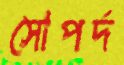
সোপর্দ